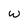
Character: W